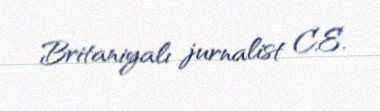
Britaniyalı jurnalist C.E.